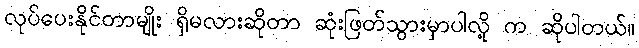
လုပ်ပေးနိုင်တာမျိုး ရှိမလားဆိုတာ ဆုံးဖြတ်သွားမှာပါလို့ က ဆိုပါတယ်။